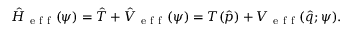
\hat { H } _ { \mathrm { ~ e ~ f ~ f ~ } } ( \psi ) = \hat { T } + \hat { V } _ { \mathrm { ~ e ~ f ~ f ~ } } ( \psi ) = T ( \hat { p } ) + V _ { \mathrm { ~ e ~ f ~ f ~ } } ( \hat { q } ; \psi ) .